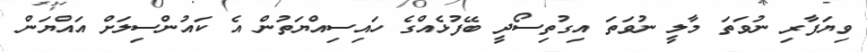
ވިޔަފާރި ނުވަތަ މާލީ ނުވަތަ އިގުތިސޯދީ ބޭފުޅެއްގެ ހައިސިއްޔަތުން އެ ކައުންސިލަށް އައްޔަން